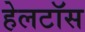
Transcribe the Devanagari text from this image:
हेलटॉस